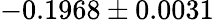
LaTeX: -0.1968\pm 0.0031